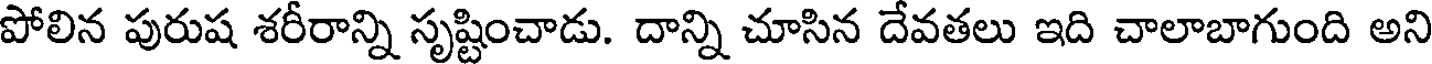
పోలిన పురుష శరీరాన్ని సృష్టించాడు. దాన్ని చూసిన దేవతలు ఇది చాలాబాగుంది అని